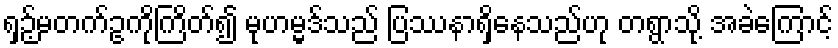
ရှဉ့်မတက်ဥကိုကြိတ်၍ မုဟမ္မဒ်သည် ပြဿနာရှိနေသည်ဟု တရွာသို့ အခဲကြောင့်